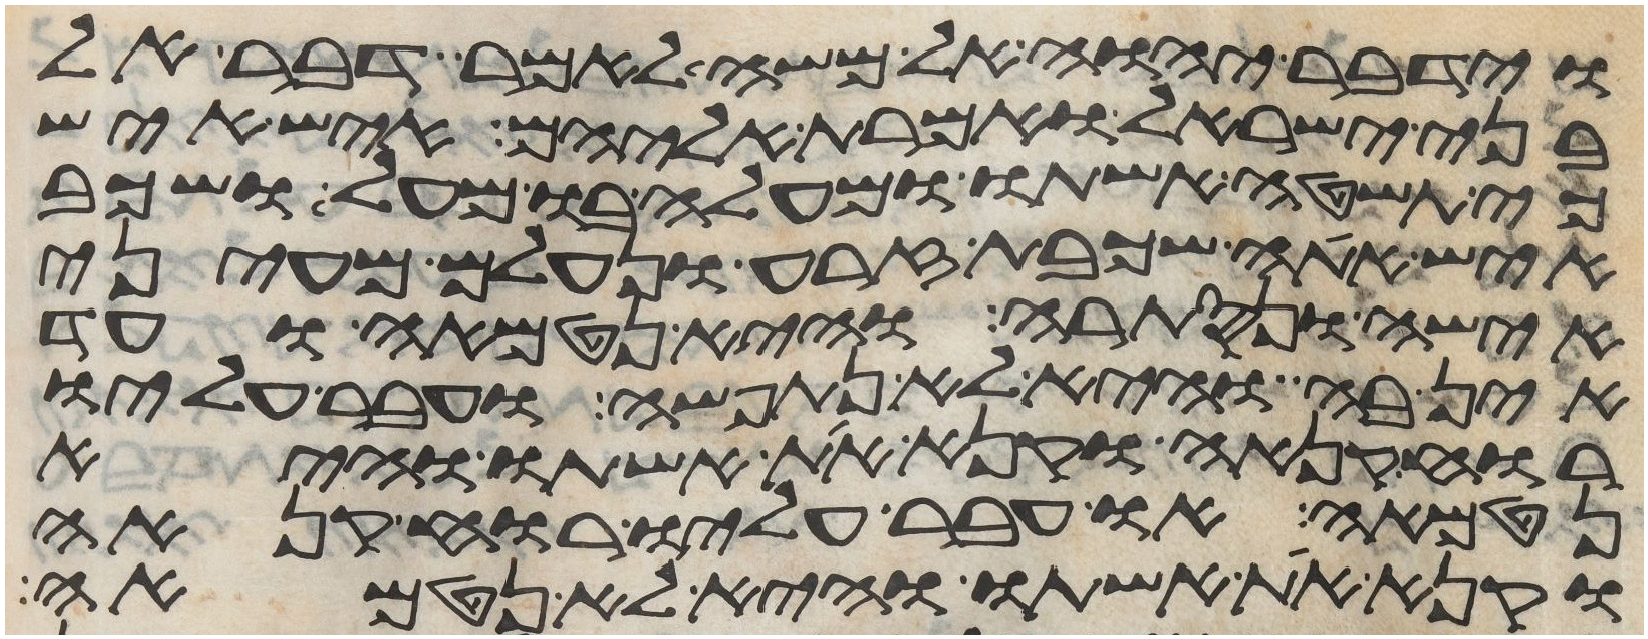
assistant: וידבר יהוה אל משה לאמר דבר אל
בני ישראל ואמרת אליהם איש איש
כי תשטה אשתו ומעלה בו מעל ושכב
איש אתה שכבת זרע ונעלם מעיני
אישה ונסתרה והיא נטמאה ועד
אין בה והיא לא נתפשה ועבר עליו
רוח קנאה וקנא את אשתו והיא
נטמאה או עבר עליו רוח קנאה
וקנא את אשתו והיא לא נטמאה